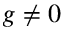
g \neq 0